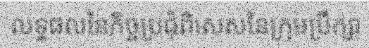
លទ្ធផលនៃកិច្ចប្រជុំពិសេសនៃក្រុមប្រឹក្សា